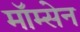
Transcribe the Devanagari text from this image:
मॉम्सेन